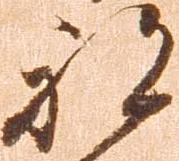
被